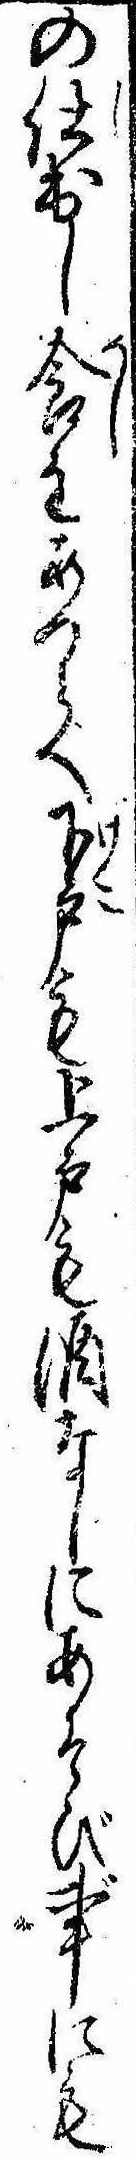
の仕出し食をあつらへ下戸も上戸も酒なしにあそび事にも